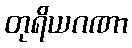
တုရိယဂဏာ